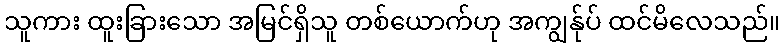
သူကား ထူးခြားသော အမြင်ရှိသူ တစ်ယောက်ဟု အကျွန်ုပ် ထင်မိလေသည်။